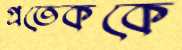
প্রতেককে